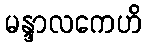
မန္ဒာလကေဟိ